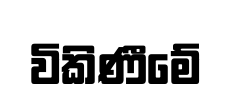
විකිණීමේ